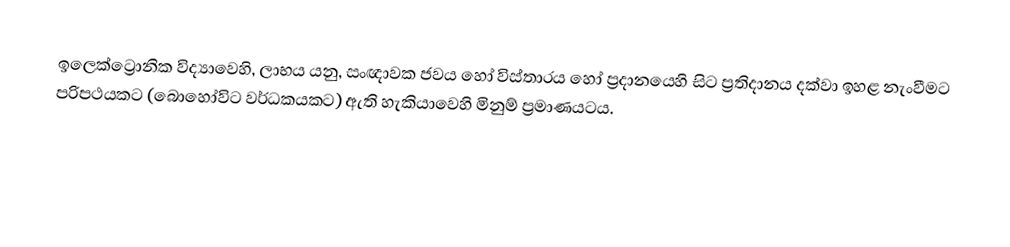
ඉලෙක්ට්‍රොනික විද්‍යාවෙහි, ලාභය යනු, සංඥාවක  ජවය හෝ විස්තාරය හෝ ප්‍රදානයෙහි සිට ප්‍රතිදානය දක්වා ඉහළ නැංවීමට පරිපථයකට (බොහෝවිට  වර්ධකයකට) ඇති හැකියාවෙහි මිනුම් ප්‍රමාණයටය.